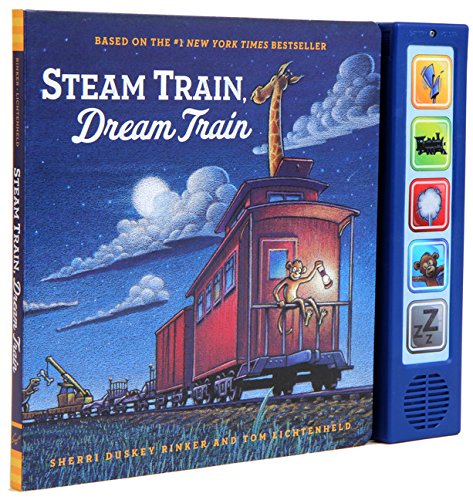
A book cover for Steam Train, Dream Train Sound Book; Sherri Duskey Rinker; Children's Books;